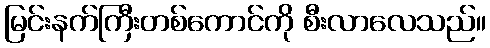
မြင်းနက်ကြီးတစ်ကောင်ကို စီးလာလေသည်။